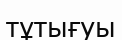
тұтығуы